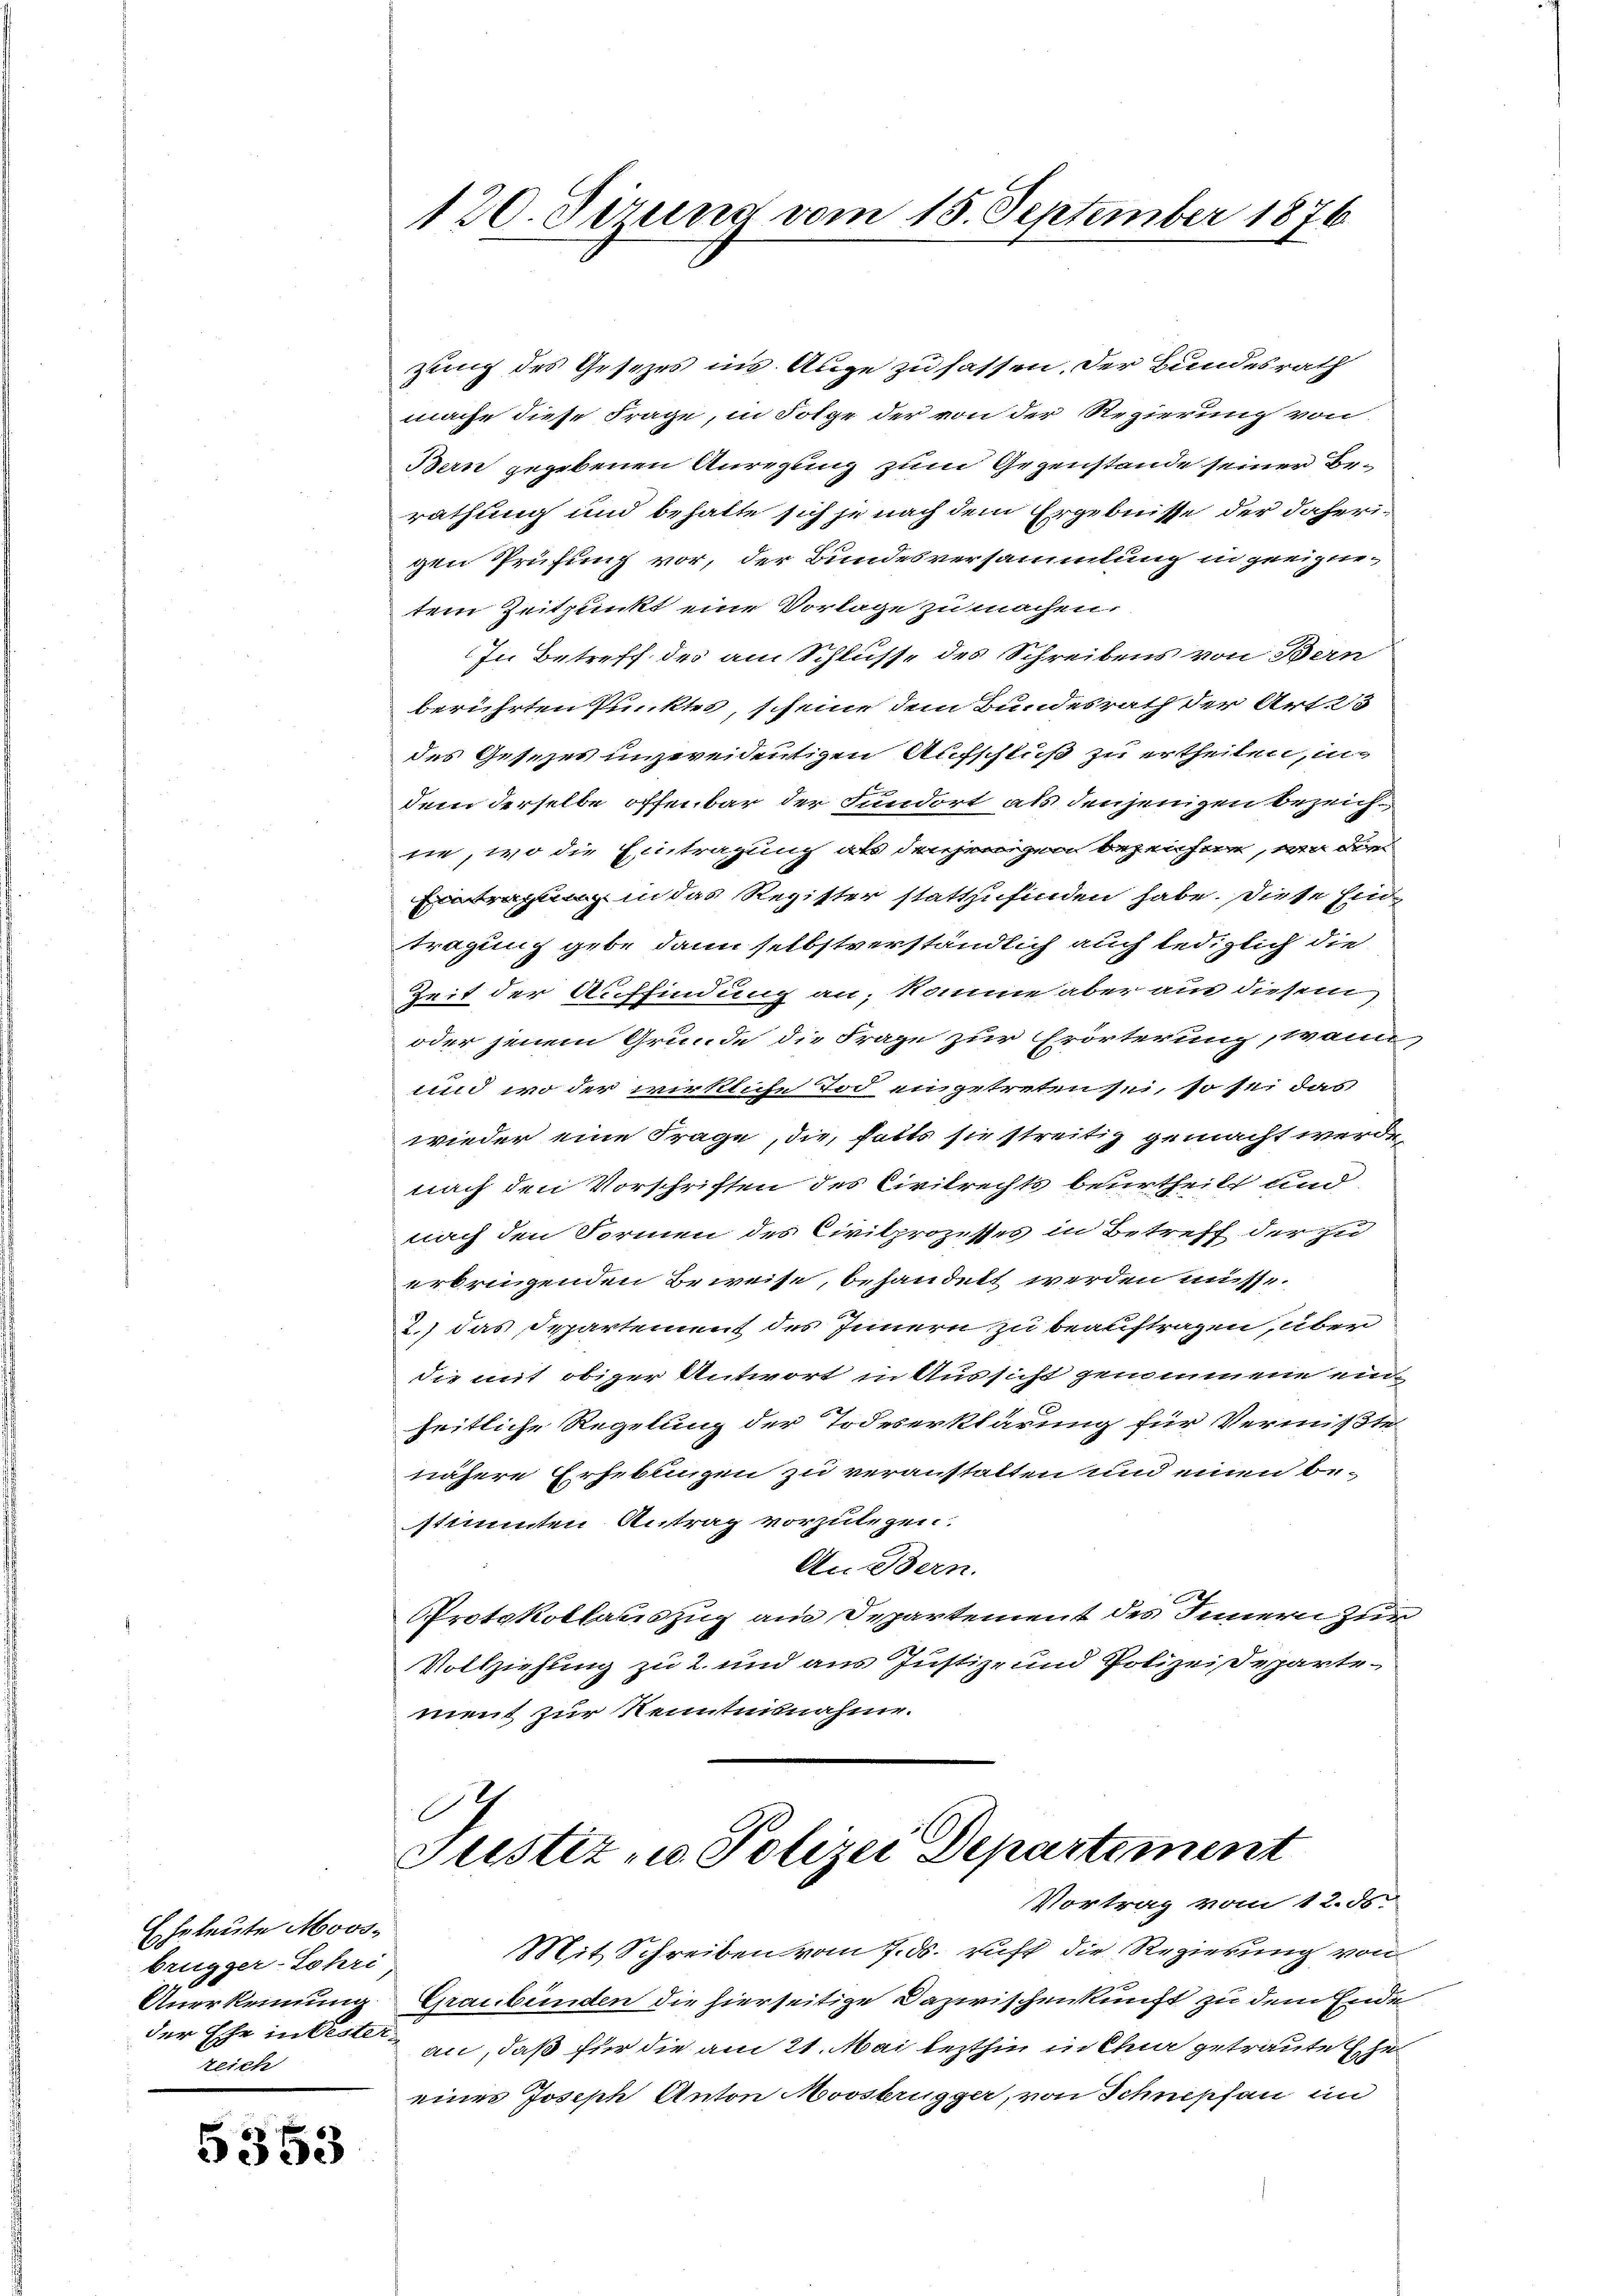
Eheleute Moosbrügger-Lohri,
Anerkennung
reich

5353

120. Jirung vom 15. September 1876

zung des Gesezes ins Auge zufassen. Der Bundesrath
mache diese Frage, in Folge der von der Regierung von
Bern gegebenen Anregung zum Gegenstände seiner Berathung und behalte sich je nach dem Ergebnisse der daherigen Prüfung vor, der Bundesversammlung in geeignetem Zeitpunkt eine Vorlage zu machen.
In Betreff des am Schluße des Schreibens von Bern
berührten Punktes, scheine dem Bundesrath der Art. 25
des Gesetzes unzweidentigen Aufschluß zu ertheilen, in
dem derselbe offenbar der Fundort als denjenigen bezeichne, wo die Eintragung als denjenigen bezeichne, wo die
gung in das Register stattzufinden habe. Diese Ein
tragung gebe dann selbstverständlich auch lediglich die
Zeit der Auffindung an; komme aber aus diesem
oder jenem Grunde die Frage zur Erörterung, wann
und wo der wirkliche Tod eingetreten sei, so sei das
wieder eine Frage, die halts sie streitig gemacht werde
nach den Vorschriften des Civilrechts beurtheilt und
nach den Formen des Civilprozesses in Betreff der zu
erbringenden Beweise, behandelt werden müsse.
2.) das Departement des Innern zu beauftragen, über
die mit obiger Antwort in Aussicht genommene einheitliche Regelung der Todeserklärung für Vermißte
nähere Erhebungen zu veranstalten und einen be-
stimmten Antrag vorzulegen.
AnBBern.
Protokollauszug am Departement des Innern zur
Vollziehung zu 2. und aus Justiz- und Polizeidepartement zur Renntnisnahme.
I
Justiz- u. Polizei Departement
Vortrag vom 12. ds.
Mit Schreiben vom 7. ds. ruft die Regierung von
Graubünden die hierseitige Dazwischenkunft zu dem Ende
der Ehe in test an, daß für die am 21. Mai lezthin in Chur getraute Ehe
eines Joseph Anton Moosbrügger, von Schnepfen in